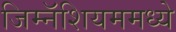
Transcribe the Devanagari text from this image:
जिम्नॅशियममध्ये